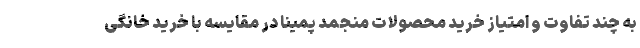
به چند تفاوت و امتیاز خرید محصولات منجمد پمینا در مقایسه با خرید خانگی